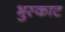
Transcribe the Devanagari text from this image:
भुस्काट